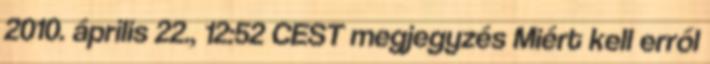
2010. április 22., 12:52 CEST megjegyzés Miért kell erről